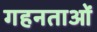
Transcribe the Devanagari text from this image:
गहनताओं